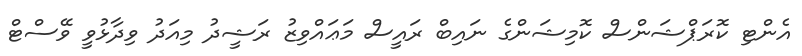
އެންޓި ކޮރަޕްޝަންސް ކޮމިޝަންގެ ނައިބް ރައީސް މަޢައްވިޒު ރަޝީދު މިއަދު ވިދާޅުވީ ވޭސްޓް